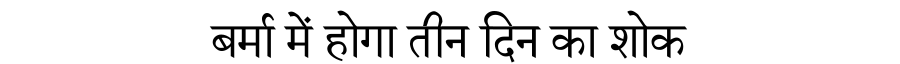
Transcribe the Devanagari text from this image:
बर्मा में होगा तीन दिन का शोक